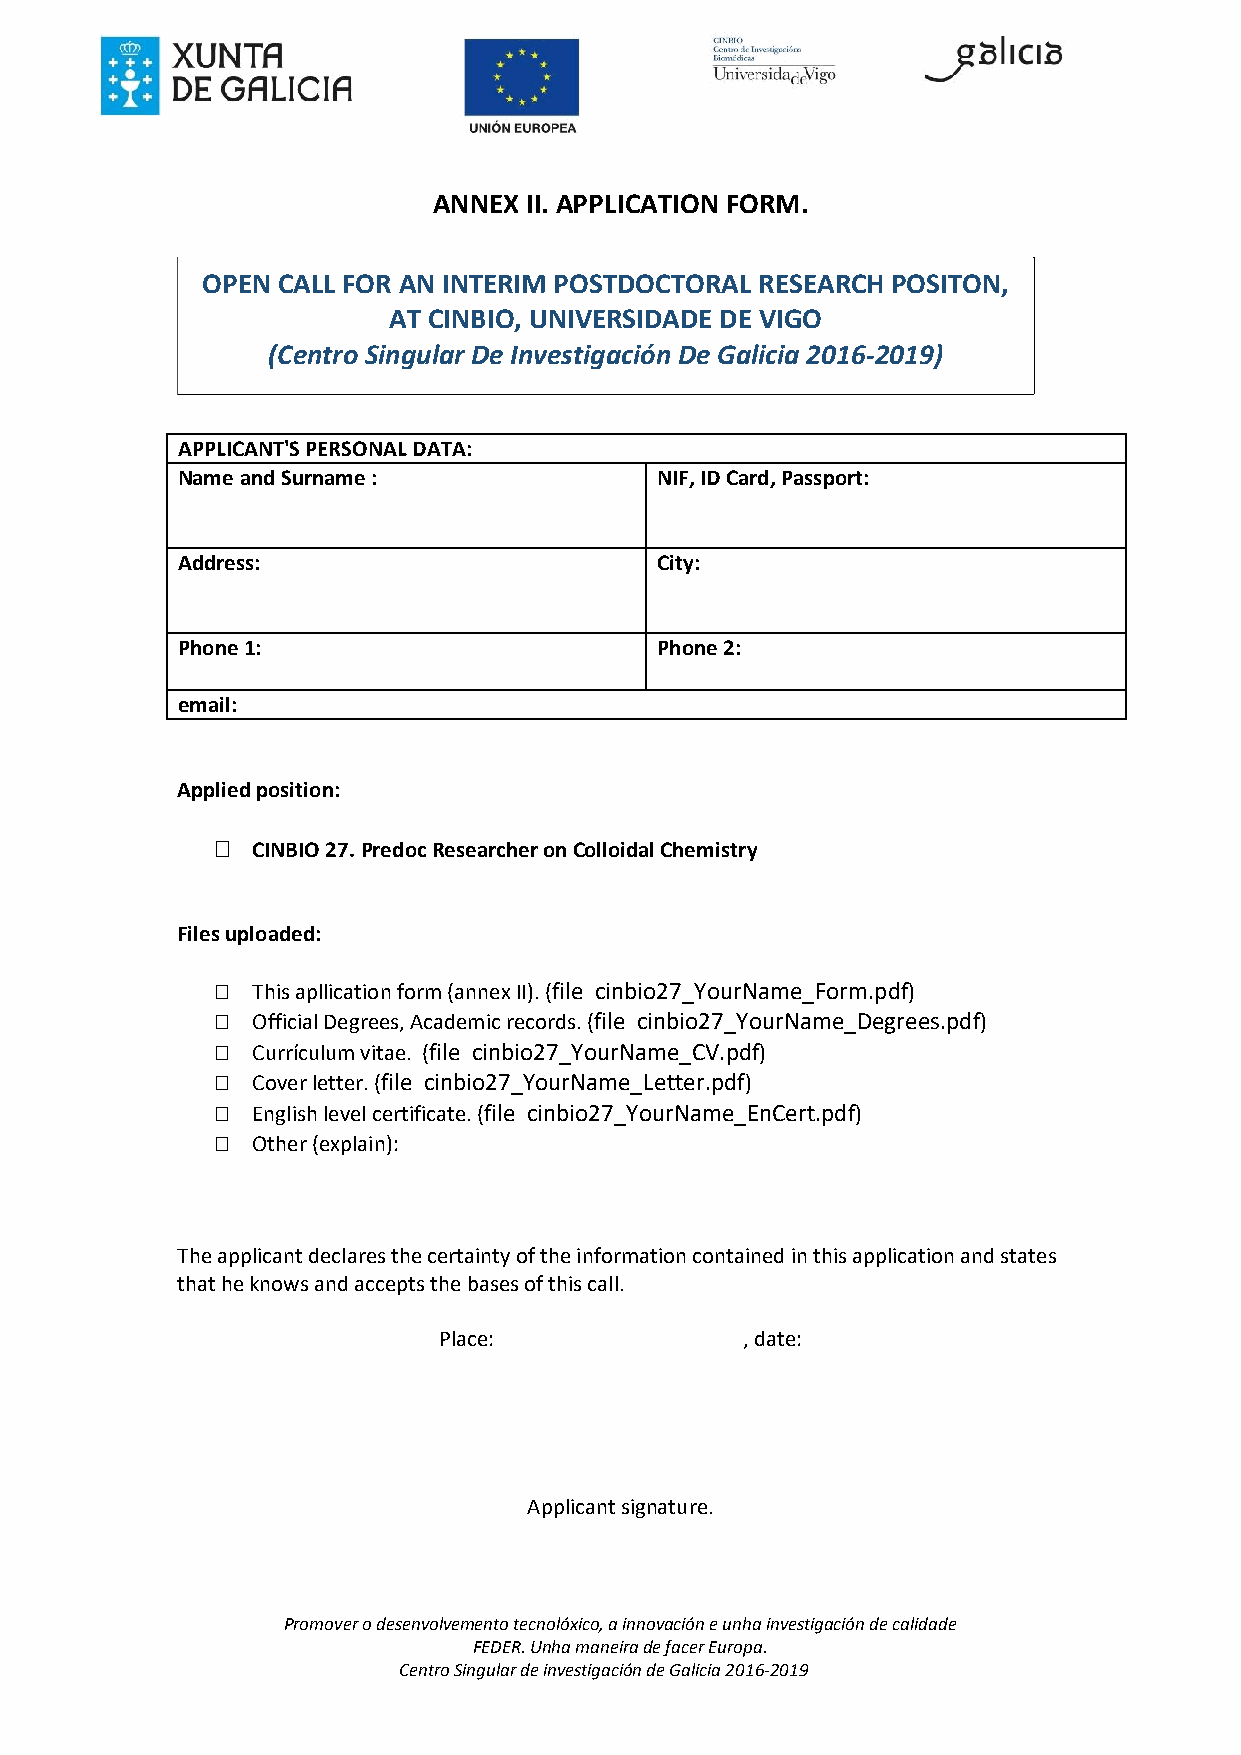
ANNEX II. APPLICATION FORM.
 APPLICANT'S PERSONAL DATA:
 Name and Surname :             NIF, ID Card, Passport:
 Address:                       City:
 Phone 1:                       Phone 2:
 email:
 Applied position:
   CINBIO 27. Predoc Researcher on Colloidal Chemistry
 Files uploaded:
   This apllication form (annex II). (file cinbio27_YourName_Form.pdf)
   Official Degrees, Academic records. (file cinbio27_YourName_Degrees.pdf)
   Currículum vitae. (file cinbio27_YourName_CV.pdf)
   Cover letter. (file cinbio27_YourName_Letter.pdf)
   English level certificate. (file cinbio27_YourName_EnCert.pdf)
   Other (explain):
 The applicant declares the certainty of the information contained in this application and states
 that he knows and accepts the bases of this call.
 Place:              , date:
 Applicant signature.
 Promover o desenvolvemento tecnolóxico, a innovación e unha investigación de calidade
 FEDER. Unha maneira de facer Europa.
 Centro Singular de investigación de Galicia 2016-2019
 O P E N
 (
 C
 C
 A
 e
 L
 n
 L
 t r
 F
 o
 O
 S
 R
 i
 A
 n
 A
 g
 T
 N
 u
 I N
 C I N
 l a r
 T
 B
 D
 E R
 I O
 e
 I M
 ,
 I n
 U
 v
 P
 N
 e
 O
 I V
 s t
 S
 E
 i g
 T
 R
 a
 D
 S
 c
 O
 I D
 i ó
 C
 n
 A
 T O
 D
 D
 E
 e
 R A
 D
 G
 L
 E
 a
 R
 V
 l i c
 E S
 I G
 i a
 E
 O
 2
 A
 0
 R
 1
 C
 6
 H
 - 2
 P
 0
 O
 1 9
 S
 )
 I T O N ,